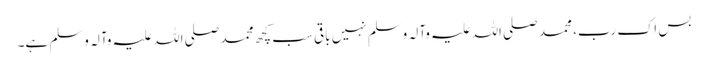
بس اک رب، محمد صلی اللہ علیہ وآلہ وسلم نہیں باقی سب کچھ محمد صلی اللہ علیہ وآلہ وسلم ہے۔